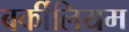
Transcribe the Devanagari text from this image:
बर्कीलियम